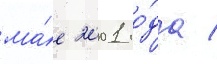
ма́е 2001 го́да /